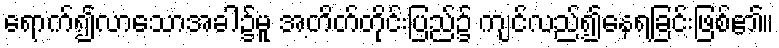
ရောက်၍လာသောအခါ၌မူ အတိတ်တိုင်းပြည်၌ ကျင်လည်၍နေရခြင်းဖြစ်၏။